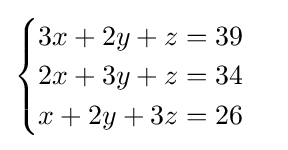
{\begin{cases}3x+2y+z=39\\2x+3y+z=34\\x+2y+3z=26\end{cases}}